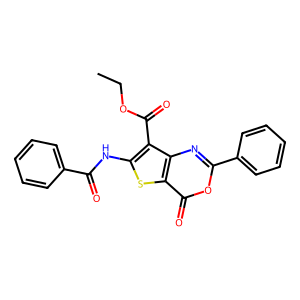
SMILES: CCOC(=O)c1c(NC(=O)c2ccccc2)sc2c(=O)oc(-c3ccccc3)nc12
Inhibits HIV replication: No